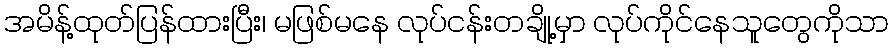
အမိန့်ထုတ်ပြန်ထားပြီး၊ မဖြစ်မနေ လုပ်ငန်းတချို့မှာ လုပ်ကိုင်နေသူတွေကိုသာ